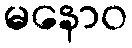
မနောဝ